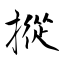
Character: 摐